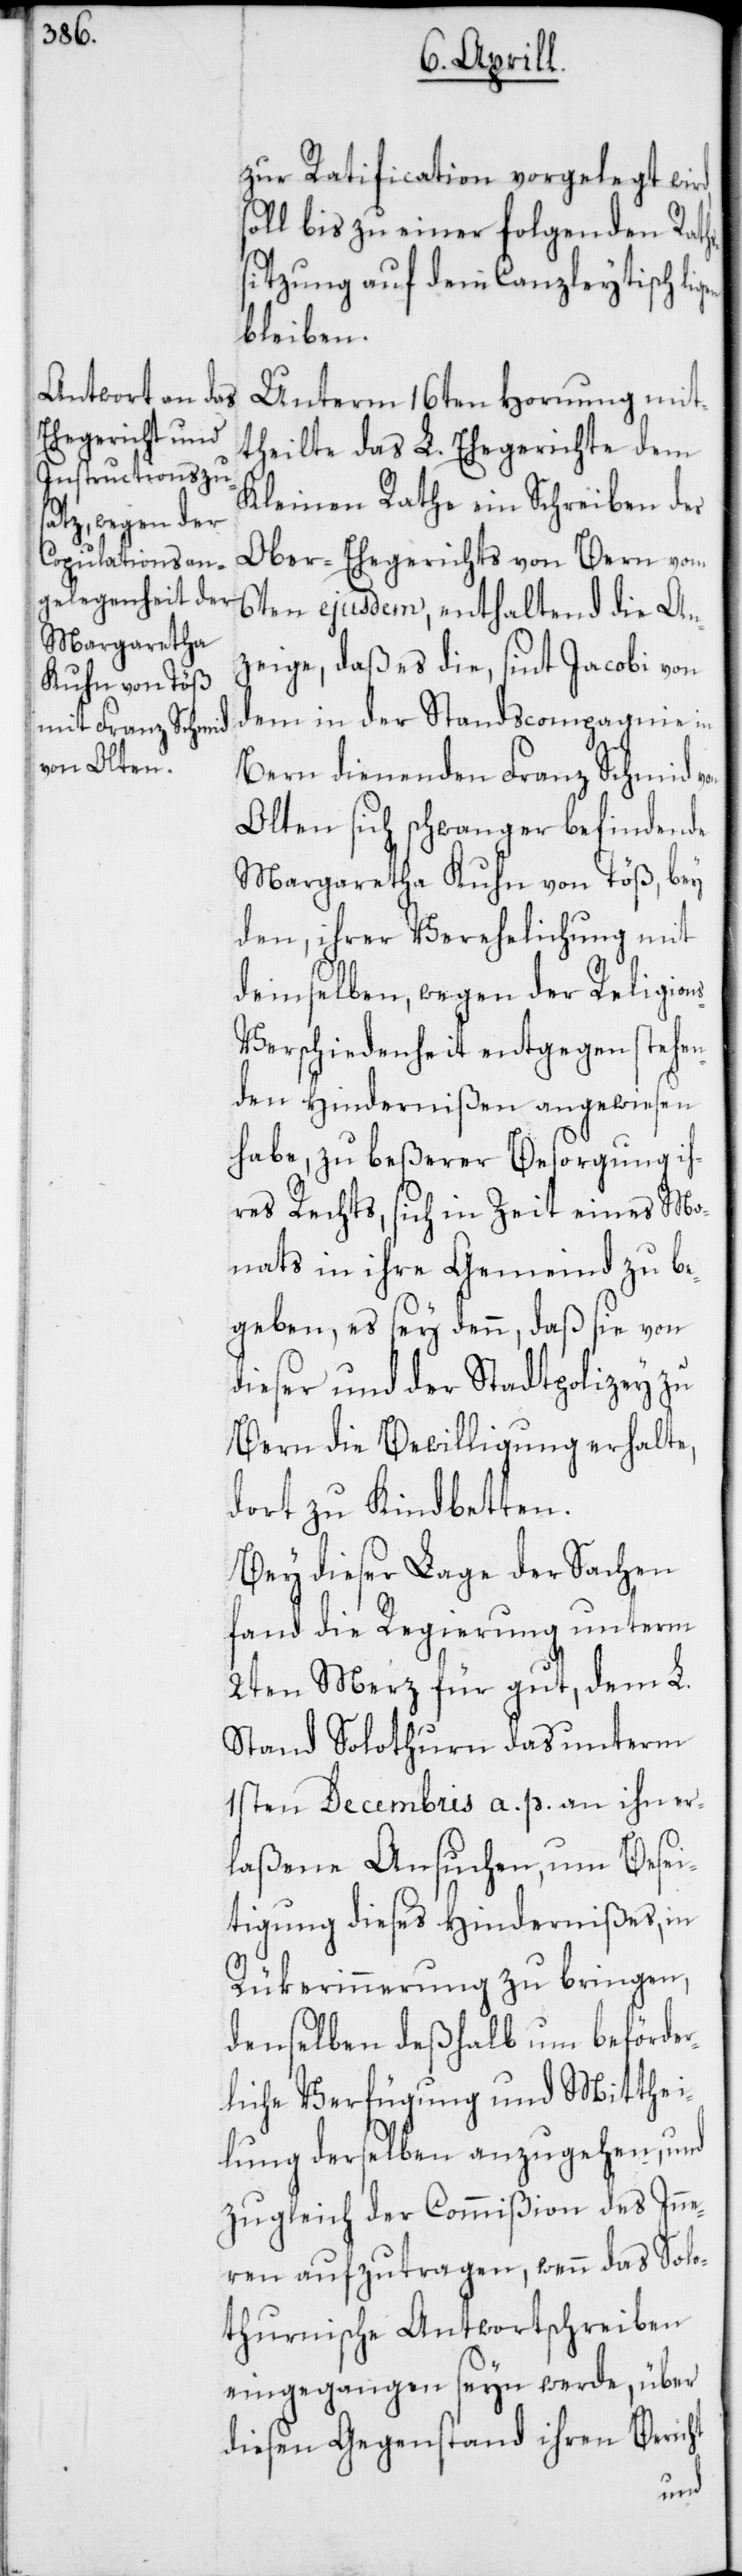
d, s¬

zur Ratification vorgelegt wir¬
oll bis zu einer folgenden Raths¬
sitzung auf dem Canzleytisch li¬
bleiben.
Unterm 16ten Hornung mit¬
theilte das L. Ehegericht dem
Kleinen Rathe ein Schreiben des
Ober-Ehegerichts von Bern vom
6ten ejusdem, enthaltend die An¬
zeige, daß es die, sint Jacobi von
dem in der Standscompagnie in
Bern dienenden Franz Schmid
Olten sich schwanger befindende
Margaretha Kuhn von Töß, bey
den, ihrer Verehelichung mit
demselben, wegen der Religion¬
s-Verschiedenheit entgegen stehen¬
den Hindernißen angewiesen
habe, zu beßerer Besorgung ih¬
res Rechts, sich in Zeit eines Mo¬
nats in ihre Gemeind zu be¬
geben, es sey denn, daß sie von
dieser und der Stadtpolizey zu
Bern die Bewilligung erhalte,
dort zu kindbetten.
Bei dieser Lage der Sachen
fand die Regierung unterm
2ten Merz für gut, dem L.
Stand Solothurn das unterm
1sten Decembris a. p. an ihn er¬
laßene Ansuchen, um Besei¬
tigung dieses Hindernißes, in
Rükerinnerung zu bringen,
denselben deshalb um beförder¬
liche Verfügung und Mitthei¬
lung derselben anzugehen, und
zugleich der Commißion des Inne¬
ren aufzutragen, wenn das Solo¬
thurnische Antwortschreiben
eingegangen seyn werde, über
diesen Gegenstand ihren Bericht
gen